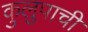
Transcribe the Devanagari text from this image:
कुलुपाची